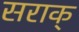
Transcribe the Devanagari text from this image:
सराक्